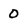
Character: 0